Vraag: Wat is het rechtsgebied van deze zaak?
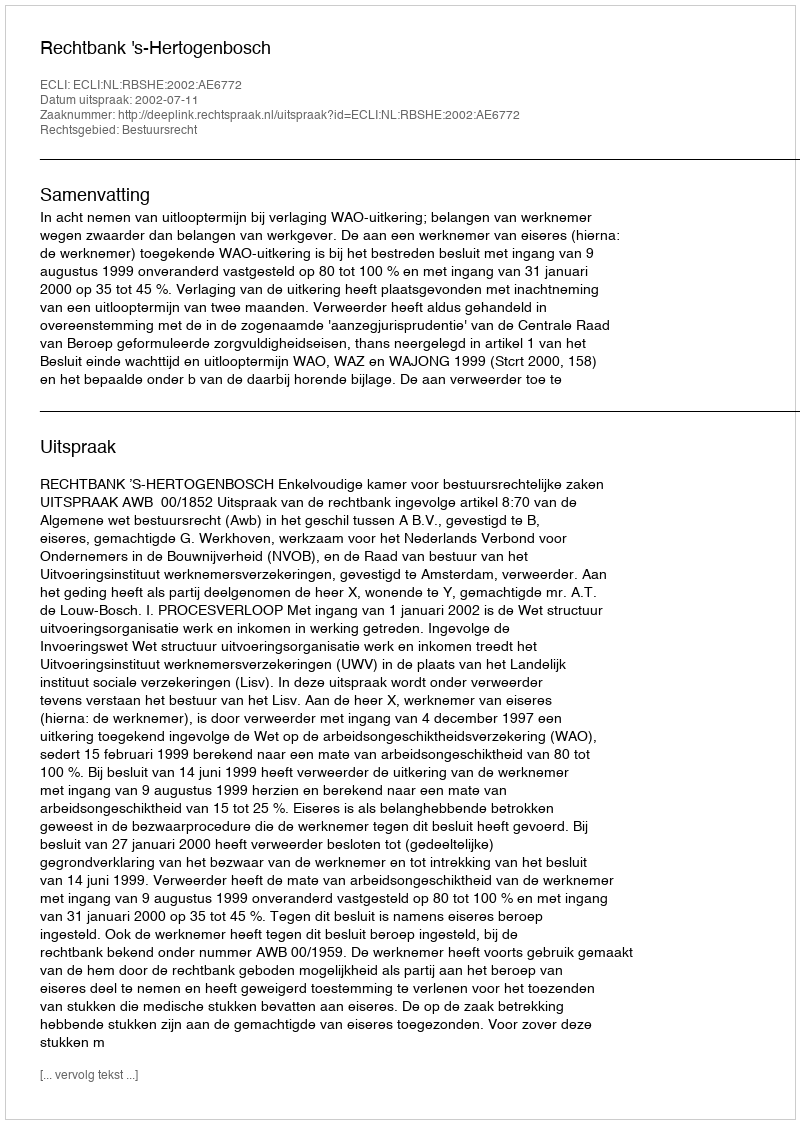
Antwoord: Bestuursrecht